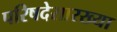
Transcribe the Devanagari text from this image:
परिषदेसारख्या